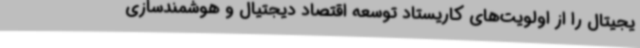
یجیتال را از اولویت‌های کاریستاد توسعه اقتصاد دیجتیال و هوشمندسازی